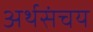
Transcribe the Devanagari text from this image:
अर्थसंचय